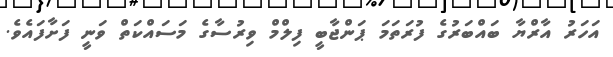
އަހަރު އާރްޔާ ބައްބަރުގެ ފުރަތަމަ ޕަންޖާބީ ފިލްމް ވިރުސާގެ މަސައްކަތް ވަނީ ފަށާފައެވެ.